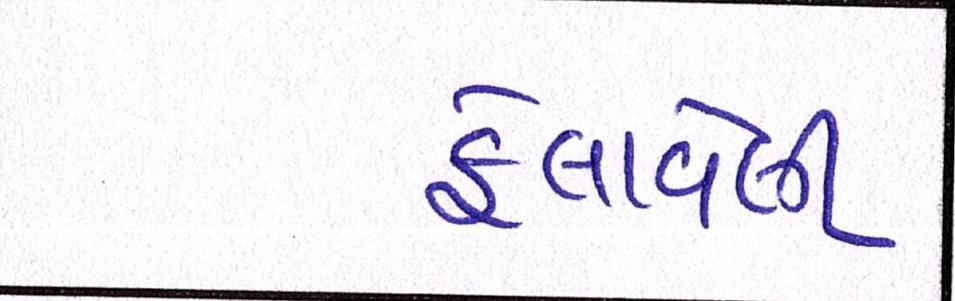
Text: ફેલાવેલી